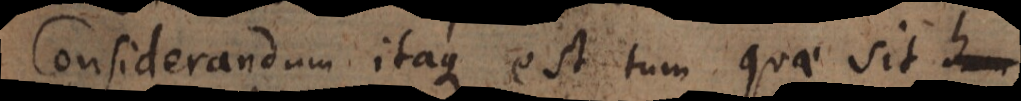
Considerandum itaque est tum quae sit